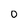
Character: O